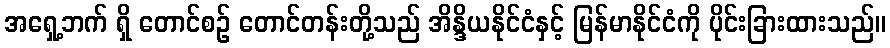
အရှေ့ဘက် ရှိ တောင်စဉ် တောင်တန်းတို့သည် အိန္ဒိယနိုင်ငံနှင့် မြန်မာနိုင်ငံကို ပိုင်းခြားထားသည်။